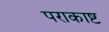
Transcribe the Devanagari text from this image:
पराकाष्ट